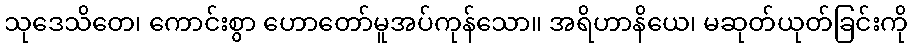
သုဒေသိတေ၊ ကောင်းစွာ ဟောတော်မူအပ်ကုန်သော။ အရိဟာနိယေ၊ မဆုတ်ယုတ်ခြင်းကို